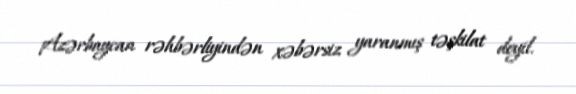
Azərbaycan rəhbərliyindən xəbərsiz yaranmış təşkilat deyil.